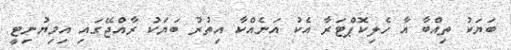
ބަޔަކު ތިއްބާ އާ ހެލިކޮޕްޓަރާ އެކު އަނެއްކާ އިތުރު ބަޔަކު ރާއްޖޭގައި އިމިޔުނިޓީ